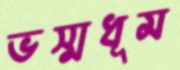
ভস্মধূম